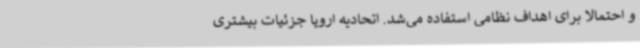
و احتمالا برای اهداف نظامی استفاده می‌شد. اتحادیه اروپا جزئیات بیشتری